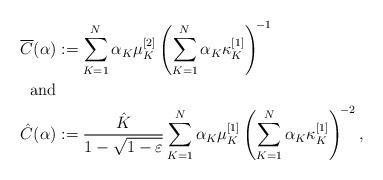
LaTeX: \begin{align*} \overline{C}(\alpha) &:= \sum_{K=1}^{N}\alpha_K\mu_K^{[2]}\left(\sum_{K=1}^{N}\alpha_K\kappa_K^{[1]}\right)^{\!-1}\\ \mbox{and} &\\\hat{C}(\alpha) &:= \frac{\hat{K}}{1-\sqrt{1-\varepsilon}}\sum_{K=1}^{N} \alpha_K\mu_K^{[1]}\left(\sum_{K=1}^{N}\alpha_K\kappa_K^{[1]}\right)^{\!-2},\end{align*}